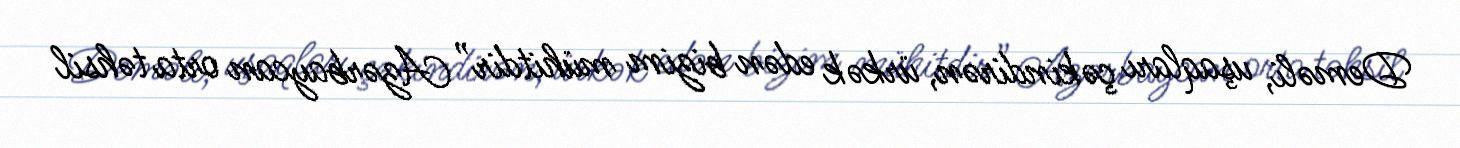
Deməli, uşaqları çəkindirən, ürkək edən bizim mühitdir” Azərbaycan orta təhsil